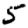
Digit: 5